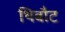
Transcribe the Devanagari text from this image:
थिबौट